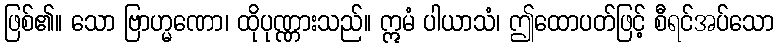
ဖြစ်၏။ သော ဗြာဟ္မဏော၊ ထိုပုဏ္ဏားသည်။ ဣမံ ပါယာသံ၊ ဤထောပတ်ဖြင့် စီရင်အပ်သော